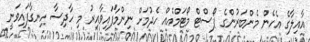
އާއިލާގެ އެހެން މެންބަރުންގެ ޕޯސްޓް މޯޓަމްއެއް ހެދުމަށް ނިންމާފައިވާއިރު މި ހާދިސާ ހިނގާފައިވަނީ